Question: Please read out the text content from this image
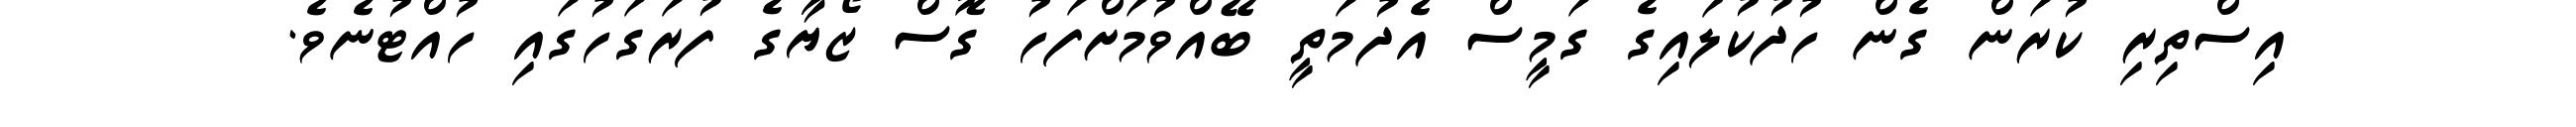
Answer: އިސްތިރި ކުރަން ގެން ހުދުކުލައިގެ ގަމީސް އެދުމަތީ ބޭއްވުމަށްފަހު ގޮސް ޒޯޔާގެ ފުރަގަހުގައި ހުއްޓުނެވެ.